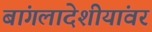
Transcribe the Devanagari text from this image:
बांगलादेशीयांवर